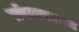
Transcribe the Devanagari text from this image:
क़ोलकाता